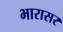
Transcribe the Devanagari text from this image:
भारासर